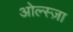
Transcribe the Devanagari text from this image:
ओल्स्ज़ा